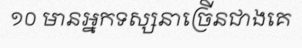
១០ មានអ្នកទស្សនាច្រើនជាងគេ